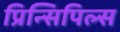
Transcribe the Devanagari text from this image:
प्रिन्सिपिल्स